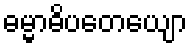
ဓမ္မာဓိပတေယျော